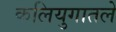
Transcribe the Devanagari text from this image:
कलियुगातले